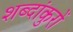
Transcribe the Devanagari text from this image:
शब्दांकुरों